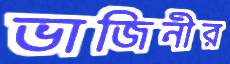
ভাজিনীর